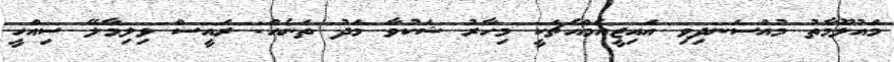
މައުލޫމާތު މުއްސަނދިވި އައިޖީއެމްއެޗަކީ މިހާރު ޝަކުވާ މަދު ތަނެއް: ރައީސް ވިލިމާލޭ ސިއްހީ